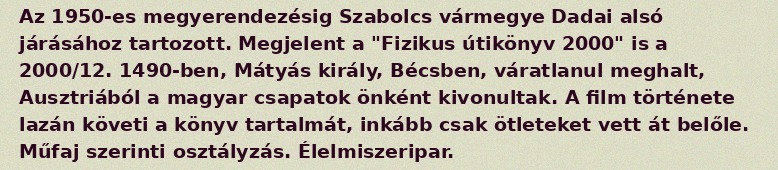
Az 1950-es megyerendezésig Szabolcs vármegye Dadai alsó járásához tartozott. Megjelent a "Fizikus útikönyv 2000" is a 2000/12. 1490-ben, Mátyás király, Bécsben, váratlanul meghalt, Ausztriából a magyar csapatok önként kivonultak. A film története lazán követi a könyv tartalmát, inkább csak ötleteket vett át belőle. Műfaj szerinti osztályzás. Élelmiszeripar.